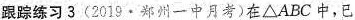
跟踪练习3(2019·郑州一中月考)在\triangle ABC中，已